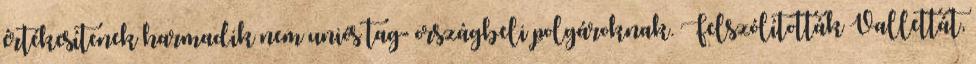
értékesítenek harmadik nem uniós tag- országbeli polgároknak. Felszólították Vallettát,